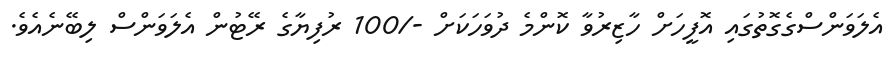
އެލަވަންސްގެގޮތުގައި އޮފީހަށް ހާޒިރުވާ ކޮންމެ ދުވަހަކަށް -/100 ރުފިޔާގެ ރޭޓުން އެލަވަންސް ލިބޭނެއެވެ.